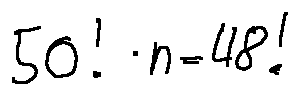
5 0 ! \cdot n = 4 8 !